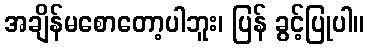
အချိန်မစောတော့ပါဘူး၊ ပြန် ခွင့်ပြုပါ။